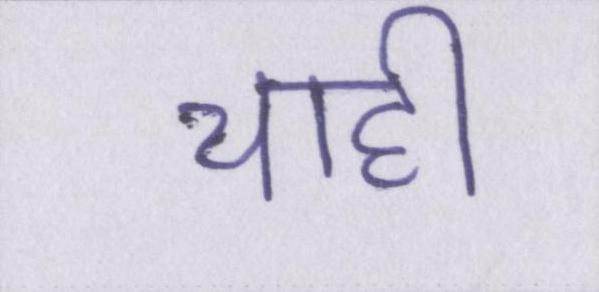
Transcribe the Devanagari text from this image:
चाही